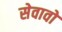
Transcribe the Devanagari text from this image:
सेवावों